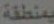
بمنطقة